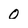
Character: 0